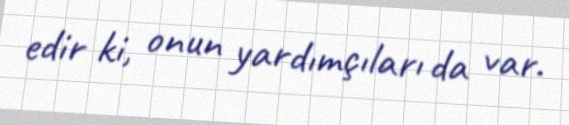
edir ki, onun yardımçıları da var.